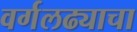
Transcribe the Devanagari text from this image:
वर्गलढ्याचा